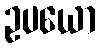
ဥပယော